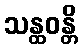
သန္ထဝန္တိ